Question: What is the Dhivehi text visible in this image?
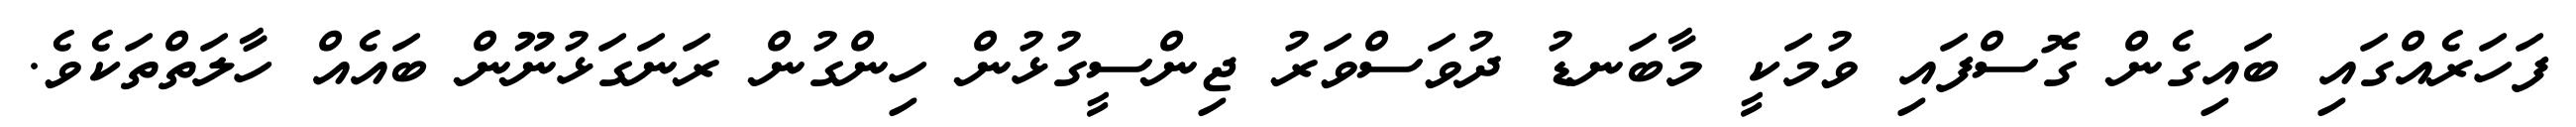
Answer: ފަހަރެއްގައި ބައިގެން ގޮސްފައި ވުމަކީ މާބަނޑު ދުވަސްވަރު ޖިންސީގުޅުން ހިންގުން ރަނަގަޅުނޫން ބައެއް ހާލަތްތަކެވެ.